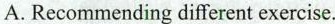
A.Recommending different exercise.